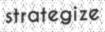
strategize